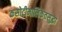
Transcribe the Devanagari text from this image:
कसोटीमालिकेतसुद्धा